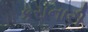
કરાનારી